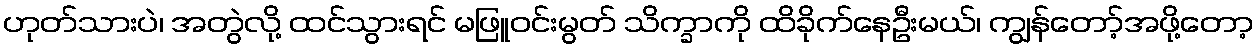
ဟုတ်သားပဲ၊ အတွဲလို့ ထင်သွားရင် မဖြူဝင်းမွတ် သိက္ခာကို ထိခိုက်နေဦးမယ်၊ ကျွန်တော့်အဖို့တော့